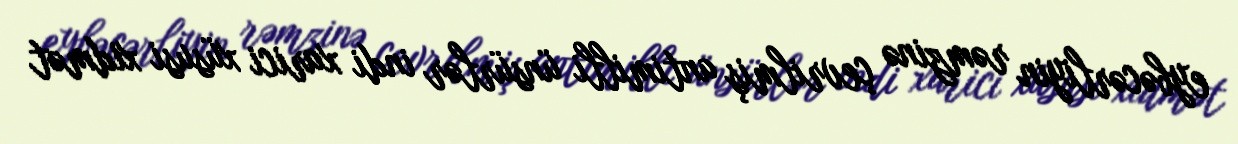
eybəcərliyin rəmzinə çevrilmiş antimilli ünsürlər indi xarici xüsusi xidmət